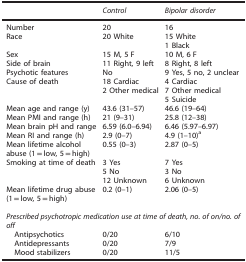
|  | Control | Bipolar disorder |
 | --- | --- | --- |
 | Number | 20 | 16 |
 | Race | 20 White | 15 White1 Black |
 | Sex | 15 M, 5 F | 10 M, 6 F |
 | Side of brain | 11 Right, 9 left | 8 Right, 8 left |
 | Psychotic features | No | 9 Yes, 5 no, 2 unclear |
 | Cause of death | 18 Cardiac2 Other medical | 4 Cardiac7 Other medical5 Suicide |
 | Mean age and range (y) | 43.6 (31–57) | 46.6 (19–64) |
 | Mean PMI and range (h) | 21 (9–31) | 25.8 (12–38) |
 | Mean brain pH and range | 6.59 (6.0–6.94) | 6.46 (5.97–6.97) |
 | Mean RI and range (h) | 2.9 (0–7) | 4.9 (1–10)a |
 | Mean lifetime alcohol abuse (1=low, 5=high) | 0.55 (0–3) | 2.87 (0–5) |
 | Smoking at time of death | 3 Yes | 7 Yes |
 |  | 5 No | 3 No |
 |  | 12 Unknown | 6 Unknown |
 | Mean lifetime drug abuse (1=low, 5=high) | 0.2 (0–1) | 2.06 (0–5) |
 |  |  |  |
 | <COLSPAN=3> Prescribed psychotropic medication use at time of death, no. of on/no. of off |
 | Antipsychotics | 0/20 | 6/10 |
 | Antidepressants | 0/20 | 7/9 |
 | Mood stabilizers | 0/20 | 11/5 |